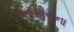
ઑફીસના